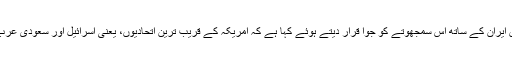
اخبار ’یو ایس ا ے ٹوڈے‘ نے ایک ادارئے میں ایران کے ساتھ اس سمجھوتے کو جوا قرار دیتے ہوئے کہا ہے کہ امریکہ کے قریب ترین اتحادیوں، یعنی اسرائیل اور سعودی عرب نے کہا ہے کہ اس سے اُلٹا نتیجہ برآمد ہوگا۔